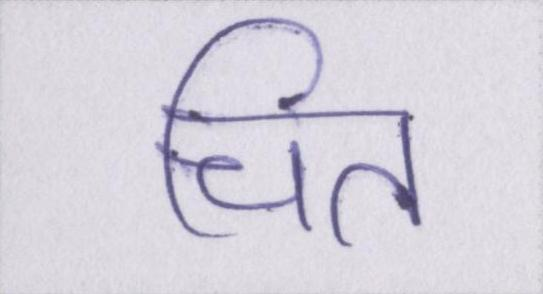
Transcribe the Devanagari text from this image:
चित